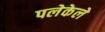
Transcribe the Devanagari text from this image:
पलेकेले